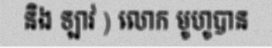
និង ឡាវ ) លោក មូហូបាន